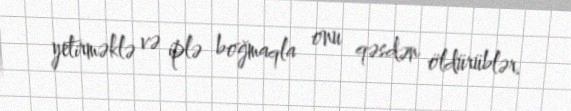
yetirməklə və iplə boğmaqla onu qəsdən öldürüblər.